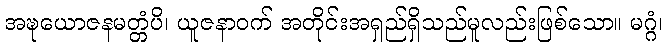
အဍ္ဎယောဇနမတ္တံပိ၊ ယူဇနာဝက် အတိုင်းအရှည်ရှိသည်မူလည်းဖြစ်သော။ မဂ္ဂံ၊